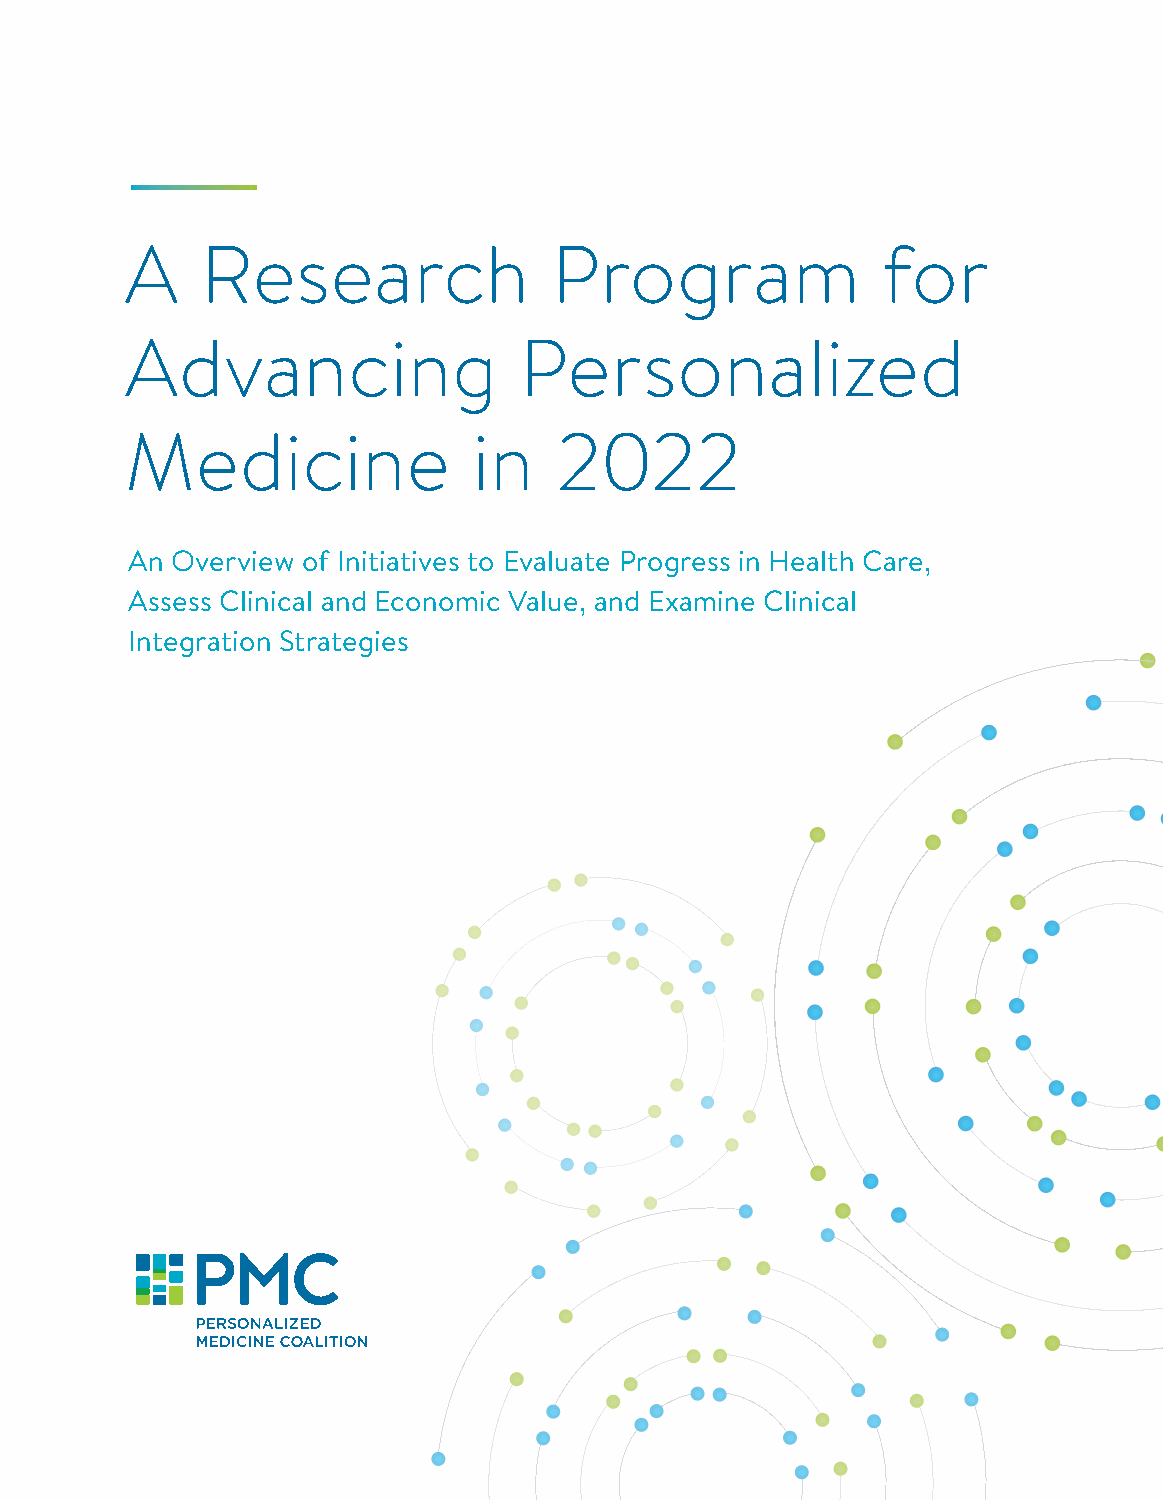
A    Research                Program              for
 Advancing                 Personalized
 Medicine               in    2022
 An Overview of Initiatives to Evaluate Progress in Health Care,
 Assess Clinical and Economic Value, and Examine Clinical
 Integration Strategies
 1 A Research Program for Advancing Personalized Medicine in 2022